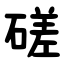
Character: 磋